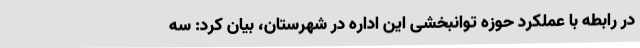
در رابطه با عملکرد حوزه توانبخشی این اداره در شهرستان، بیان کرد: سه